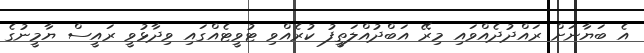
އެ ބަޔާނަށް ރައްދުދެއްވައި މިރޭ އަބްދުއްލަތީފު ކުރެއްވި ޓުވީޓެއްގައި ވިދާޅުވީ ރައީސް ޔާމީނުގެ